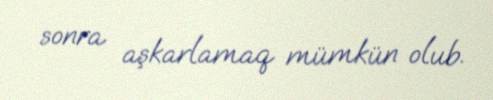
sonra aşkarlamaq mümkün olub.